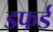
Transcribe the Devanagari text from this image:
डफर्ड